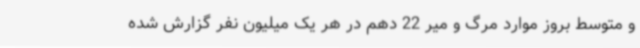
و متوسط بروز موارد مرگ و میر 22 دهم در هر یک میلیون نفر گزارش شده